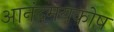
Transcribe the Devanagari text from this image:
आनंदमयकोष